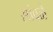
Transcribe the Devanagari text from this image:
सांवळे